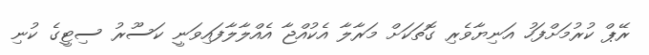
ރޭޕް ކުރުމަށްފަހު އަނިޔާވެރި ގޮތަކަށް މަރާލާ އެކުއްޖާ އެއްލާލާފައިވަނީ ކަސޫރު ސިޓީގެ ކުނި